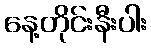
နေ့တိုင်းနီးပါး